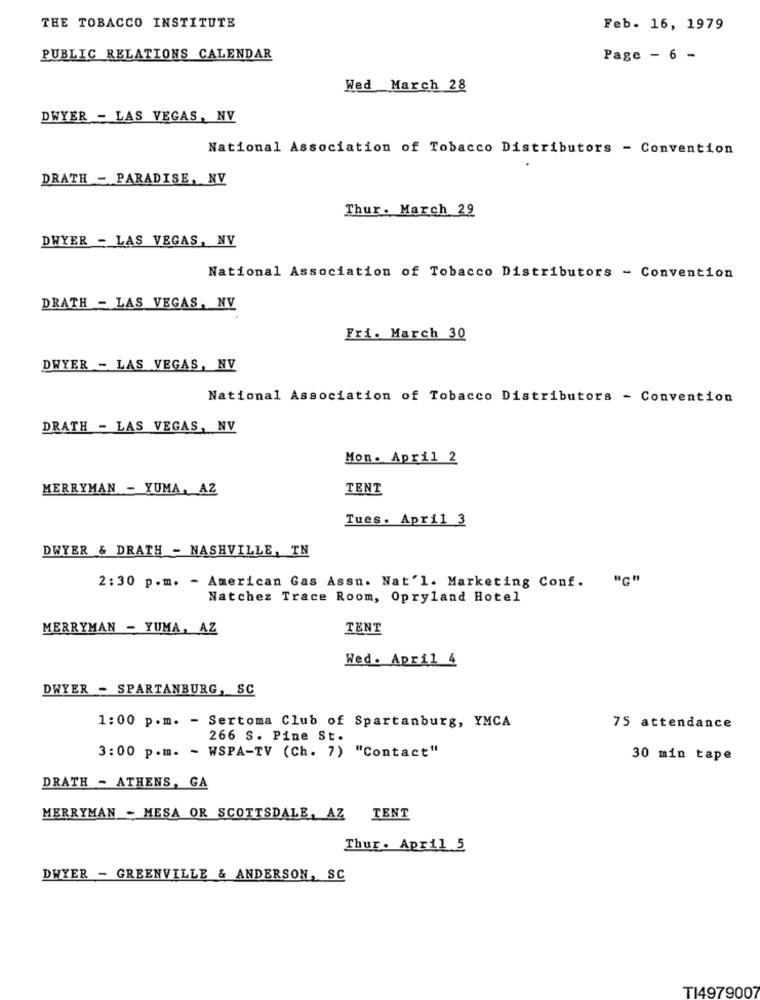
THE TOBACCO INSTITUTE
Feb. 16, 1979
PUBLIC RELATIONS CALENDAR
Page - 6 -
Wed March 28
DWYER - LAS VEGAS, NV
National Association of Tobacco Distributors - Convention
DRATH - PARADISE, NV
Thur. March 29
DWYER - LAS VEGAS, NV
National Association of Tobacco Distributors - Convention
DRATH - LAS VEGAS, NV
Fri. March 30
DWYER - LAS VEGAS, NV
National Association of Tobacco Distributors - Convention
DRATH - LAS VEGAS, NV
Mon. April 2
MERRYMAN - YUMA, AZ
TENT
Tues. April 3
DWYER & DRATH - NASHVILLE, TN
2: 30 p.m. - American Gas Assu. Nat'l. Marketing Conf.
Natchez Trace Room, Opryland Hotel
MERRYMAN - YUMA, AZ
TENT
Wed. April 4
DWYER - SPARTANBURG, SC
1:00 p.m. - Sertoma Club of Spartanburg, YMCA
75 attendance
266 S. Pine St.
3:00 p.m. - WSPA-TV (Ch. 7) "Contact"
30 min tape
DRATH - ATHENS, GA
MERRYMAN - MESA OR SCOTTSDALE, AZ TENT
Thur. April 5
DWYER - GREENVILLE & ANDERSON, SC
TI4979007